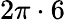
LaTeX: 2\pi\cdot 6